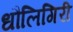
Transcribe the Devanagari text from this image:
धौलिगिरी